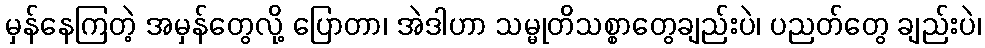
မှန်နေကြတဲ့ အမှန်တွေလို့ ပြောတာ၊ အဲဒါဟာ သမ္မုတိသစ္စာတွေချည်းပဲ၊ ပညတ်တွေ ချည်းပဲ၊